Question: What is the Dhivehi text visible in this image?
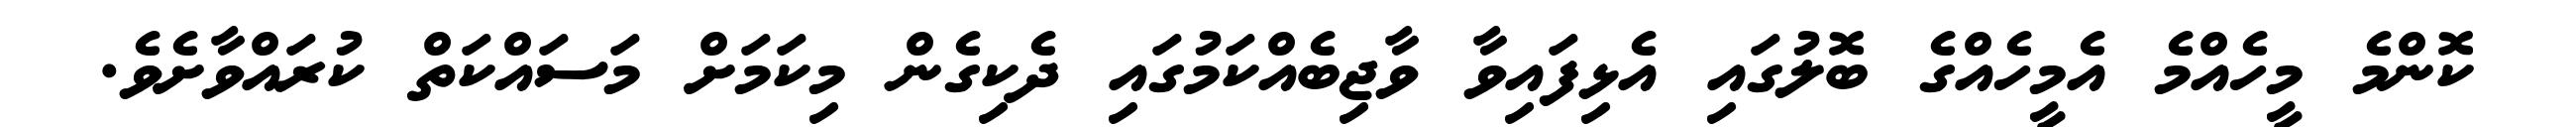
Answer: ކޮންމެ މީހެއްމެ އެމީހެއްގެ ބޮލުގައި އެޅިފައިވާ ވާޖިބެއްކަމުގައި ދެކިގެން މިކަމަށް މަސައްކަތް ކުރައްވާށެވެ.